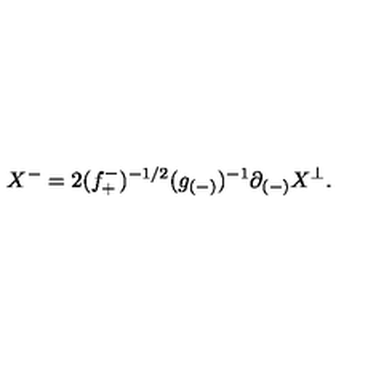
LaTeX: X ^ { - } = 2 ( f _ { + } ^ { - } ) ^ { - 1 / 2 } ( g _ { ( - ) } ) ^ { - 1 } \partial _ { ( - ) } X ^ { \perp } .